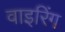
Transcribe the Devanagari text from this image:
वाइरिंग